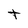
Character: t